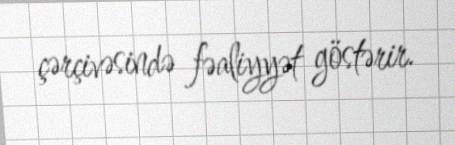
çərçivəsində fəaliyyət göstərir.